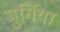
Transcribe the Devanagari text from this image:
मुर्गिया